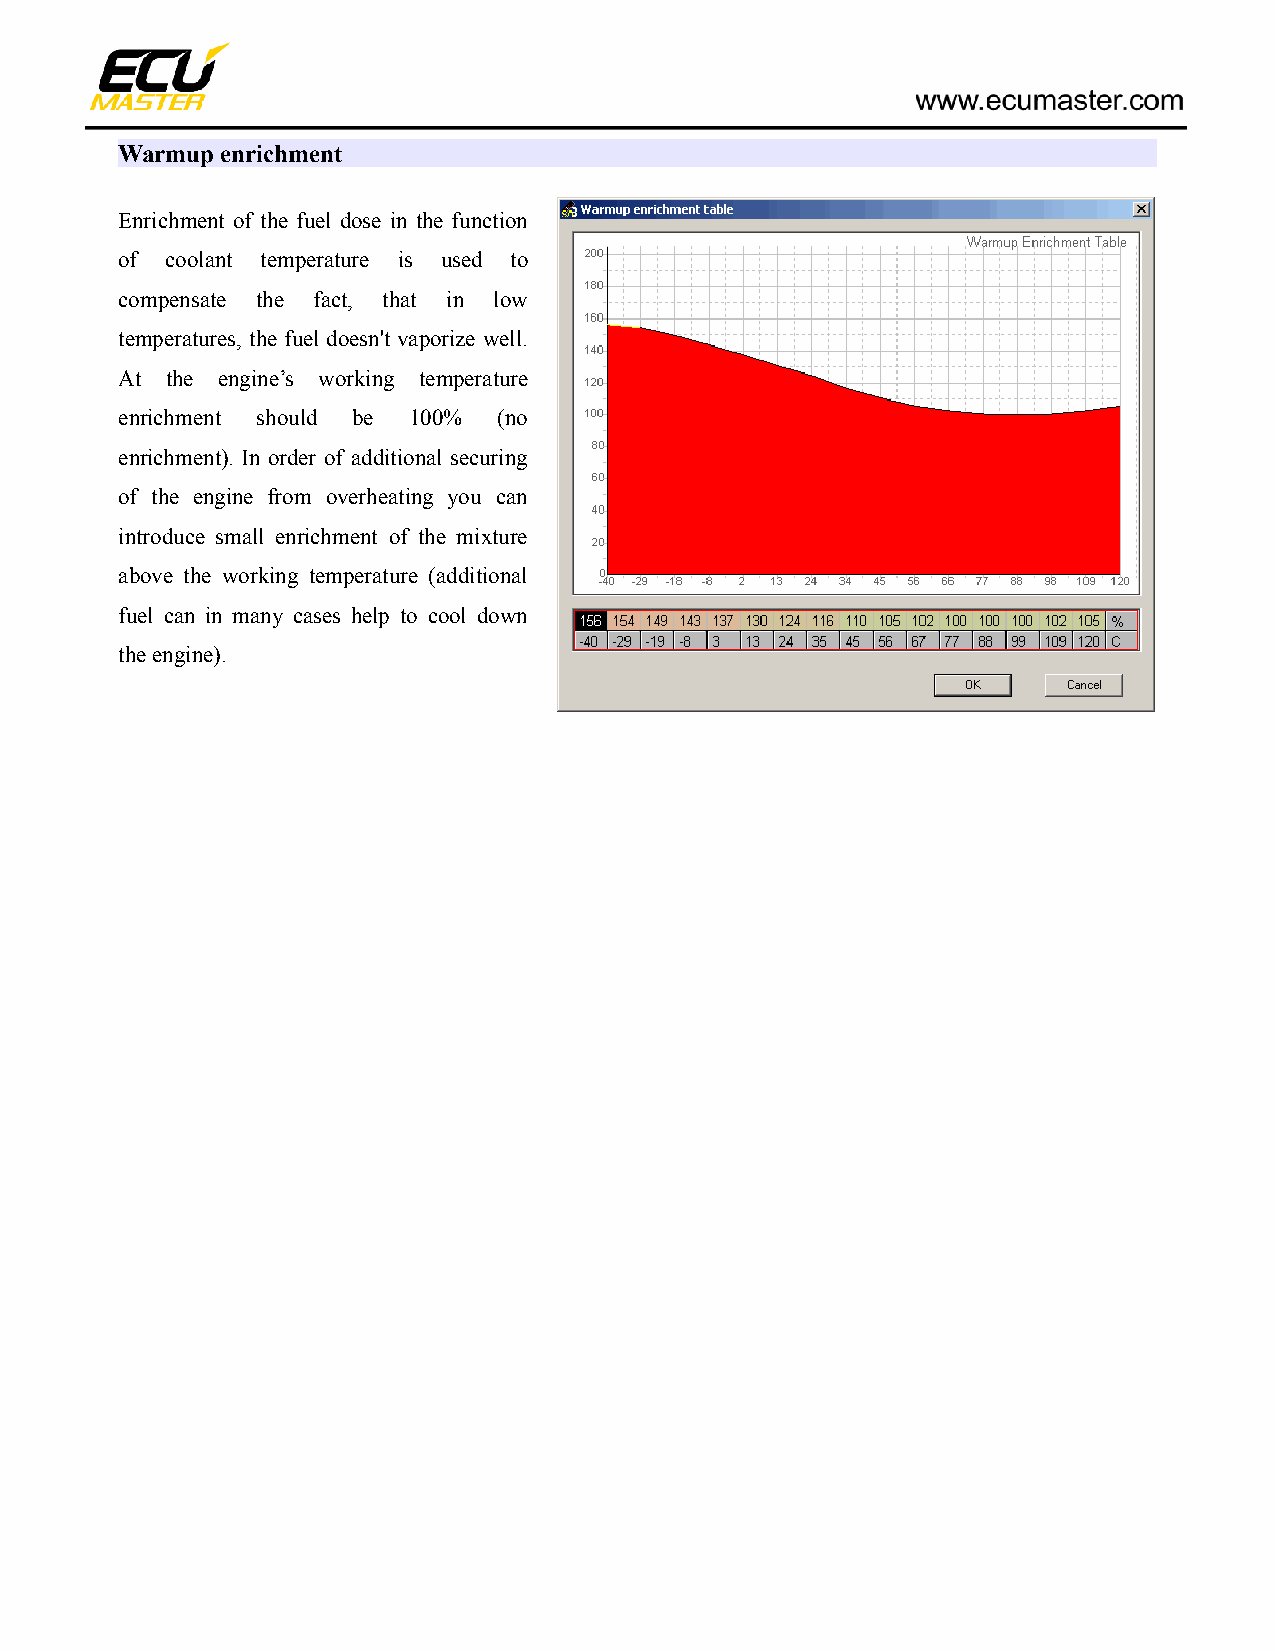
Warmup enrichment
 Enrichment of the fuel dose in the function
 of coolant temperature is used to
 compensate the fact, that in low
 temperatures, the fuel doesn't vaporize well.
 At the engine’s working temperature
 enrichment should be 100% (no
 enrichment). In order of additional securing
 of the engine from overheating you can
 introduce small enrichment of the mixture
 above the working temperature (additional
 fuel can in many cases help to cool down
 the engine).